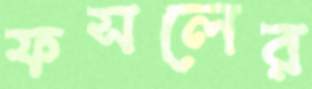
ফসলের